Indian Civil Veterinary Department memoirs
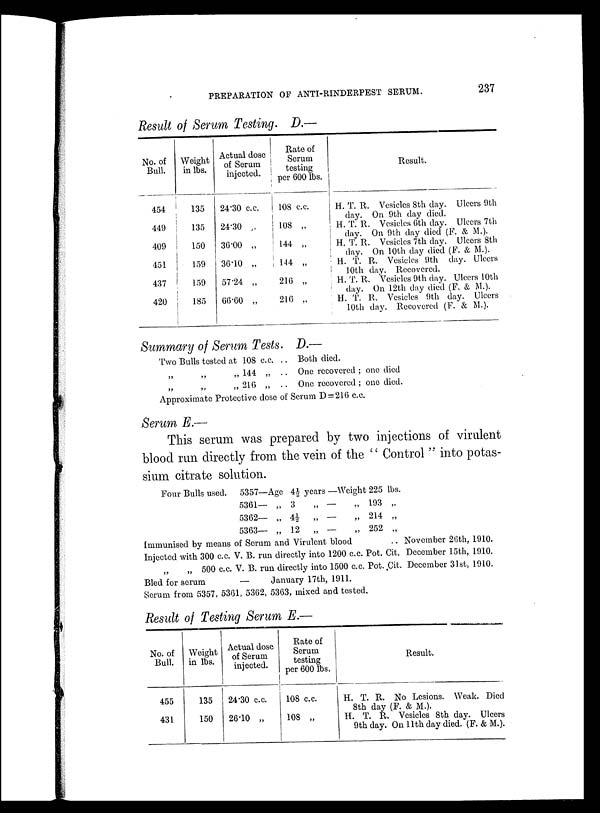
PREPARATION OF ANTI-RINDERPEST SERUM.
237
Result of Serum Testing. D.—
No. of
Bull.
454
449
409
451
437
420
Weight
in lbs.
135
135
150
159
159
185
Actual dose
of Serum
injected.
24.30 c.c.
24.30 „
36.00 „
36.10 „
57.24 „
66.60 „
Rate of
Serum
testing
per 600 lbs.
108 c.c.
108 „
144 „
144 „
216 „
216 „
Result.
H. T. R. Vesicles 8th clay. Ulcers 9th
day. On 9th day died.
H. T. R. Vesicles 6th day. Ulcers 7th
day. On 9th day died (F. & M.).
H. T. R. Vesicles 7th day. Ulcers 8th
day. On 10th day died (F. & M.).
H. T. R. Vesicles 9th day. Ulcers
10th day. Recovered.
H. T. R. Vesicles 9th day. Ulcers 10th
day. On 12th day died (F. & M.).
H. T. R. Vesicles 9th day. Ulcers
10th day. Recovered (F. & M.).
Summary of Serum Tests. D.—
Two Bulls tested at 108 c.c.
„ „ „ 144 „
„ „ „ 216 „
..
..
..
Both died.
One recovered ; one died
One recovered ; one died.
Approximate Protective dose of Serum D = 216 c.c.
Serum E.—
This serum was prepared by two injections of virulent
blood run directly from the vein of the " Control " into potas-
sium citrate solution.
Four Bulls used. 5357—Age 4½ years
5361— „ 3 „
5362— „ 4½ „
5363— „ 12
„
—
—
—
Weight 225 lbs.
„ 193 „
„ 214 „
„ 252 „
Immunised by means of Serum and Virulent blood
Injected with 300 c.c. V. B. run directly into 1200 c.c. Pot. Cit.
„ „ 500 c.c. V. B. run directly into 1500 c.c. Pot. Cit.
Bled for serum
—
January 17th, 1911.
November 26th, 1910.
December 15th, 1910.
December 31st, 1910.
Serum from 5357, 5361, 5362, 5363, mixed and tested.
Result of Testing Serum E.—
No. of
Bull.
455
431
Weight
in lbs.
135
150
Actual dose
of Serum
injected.
24.30 c.c.
26.10 „
Rate of
Serum
testing
per 600 lbs.
108 c.c.
108 „
Result.
H. T. R. No Lesions. Weak. Died
8th day (F. & M.).
H. T. R. Vesicles 8th day. Ulcers
9th day. On 11th day died. (F. & M.).